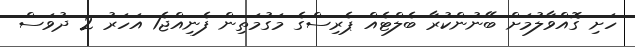
ހަށި ގޮއްވާލުމަށް ބޭނުންކުރާ ބެލްޓެއް ޕެރިސްގެ މަގުމަތިން ފެނިއްޖެ1 އަހަރު 2 ދުވަސް